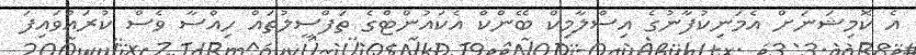
އެ ކޮމިޝަނަށް އެމަނިކުފާނުގެ އިސްލާމިކް ބޭންކް އެކައުންޓްގެ ތަފްސީލުތައް ހިއްސާ ވެސް ކުރައްވައިފަ